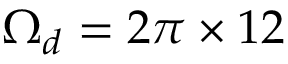
\Omega _ { d } = 2 \pi \times 1 2